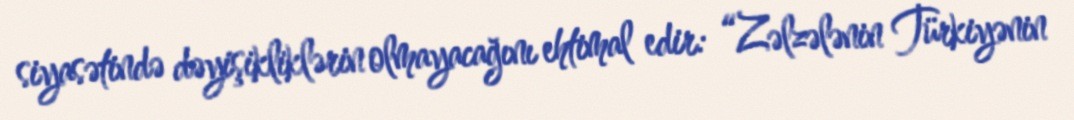
siyasətində dəyişikliklərin olmayacağını ehtimal edir: “Zəlzələnin Türkiyənin